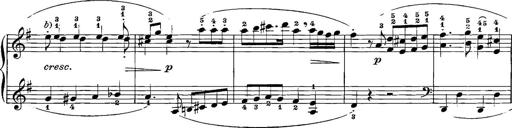
Title: 12 Sonatinas
Composer: Ignaz Pleyel